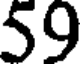
59